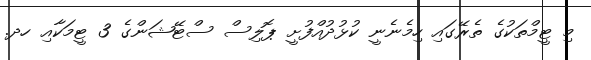
މި ޓީމްތަކުގެ ތެރޭގައި ހިމެނެނީ ކުޅުދުއްފުށީ ޕޮލިސް ސްޓޭޝަންގެ 3 ޓީމަކާއި ހދ.